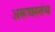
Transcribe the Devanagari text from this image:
अरूणस्तंभ